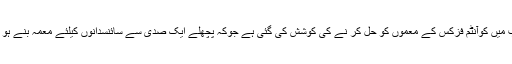
اس کتاب میں کوآنٹم فزکس کے معموں کو حل کر نے کی کوشش کی گئی ہے جوکہ پچھلے ایک صدی سے سائنسدانوں کیلئے معمہ بنے ہو ئے ہیں۔